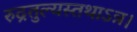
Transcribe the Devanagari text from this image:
रुद्रतुल्यस्तथाऽत्र।